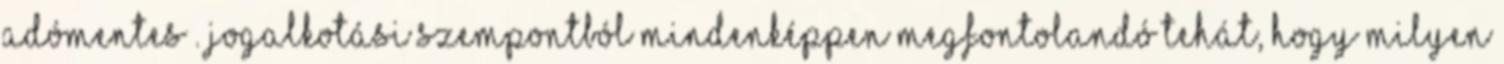
adómentes . Jogalkotási szempontból mindenképpen megfontolandó tehát, hogy milyen